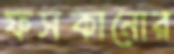
ফসকানোর